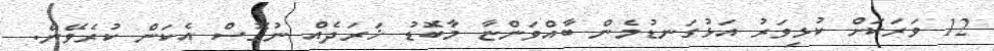
12 ވަރަކަށް ކުޅިވަރު އަޅުގަނޑުމެން ބާއްވަންޏާ މާބޮޑު ޚަރަދެއް ނުގޮސް އެކަން ކުރެވޭނެ.